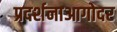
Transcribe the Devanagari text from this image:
प्रदर्शनाआगोदर